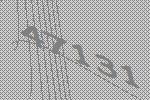
47131